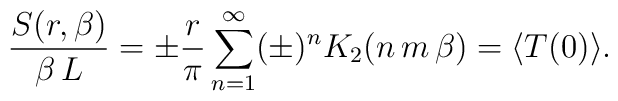
{S(r,\beta)\over \beta\,L} =   \pm{r\over \pi} \sum_{n=1}^\infty(\pm)^n K_2(n\,m\,\beta) \nonumber\\ =\langle T(0) \rangle.